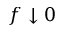
f \downarrow 0